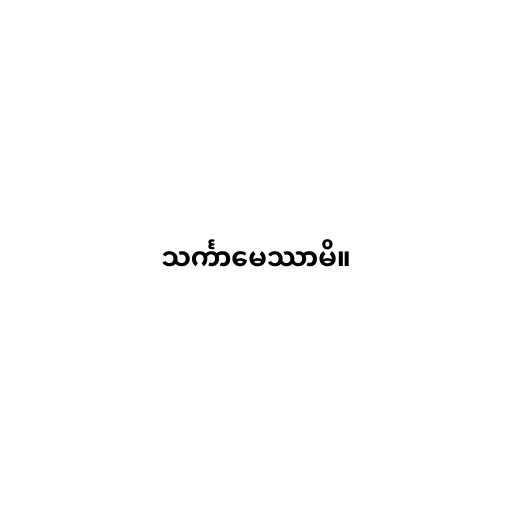
သင်္ကာမေဿာမိ။